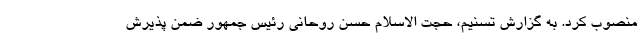
منصوب کرد. به گزارش تسنیم، حجت الاسلام حسن روحانی رئیس جمهور ضمن پذیرش